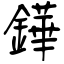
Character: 鏵